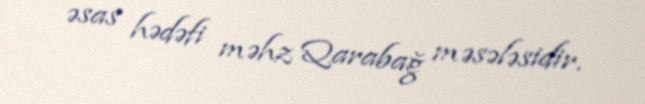
əsas hədəfi məhz Qarabağ məsələsidir.